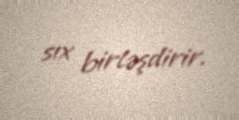
sıx birləşdirir.